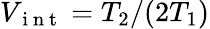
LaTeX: V_{\mathrm{~i~n~t~}}=T_{2}/(2T_{1})